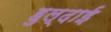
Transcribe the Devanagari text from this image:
हुल्दाई